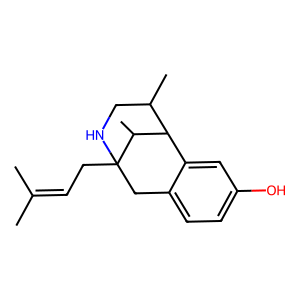
SMILES: CC(C)=CCC12Cc3ccc(O)cc3C(C(C)CN1)C2C
Inhibits HIV replication: No